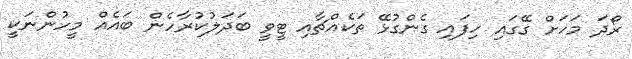
ރޯދަ މަހަށް ގޭގައި ހިފައި ގެންގުޅޭ ތަކެއްޗާއި ޓީވީ ބަދަލުކުރާހެން ބައެއް މީހުންނަކީ